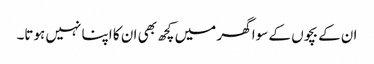
ان کے بچوں کے سوا گھر میں کچھ بھی ان کا اپنا نہیں ہوتا۔